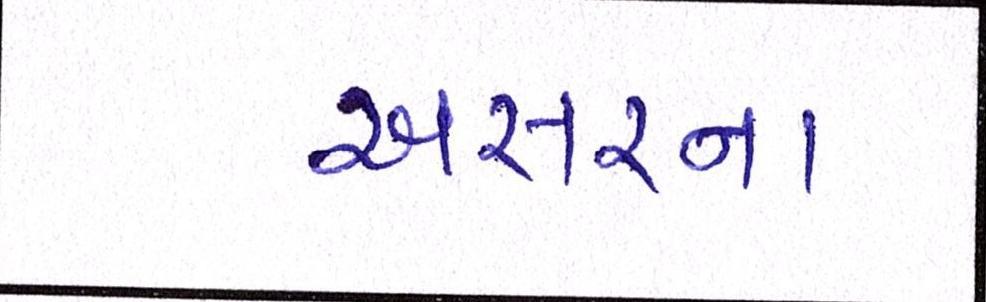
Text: અસરના